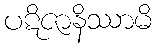
ပဋိဇာနိဿာမိ